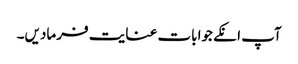
آپ انکے جوابات عنایت فرمادیں۔